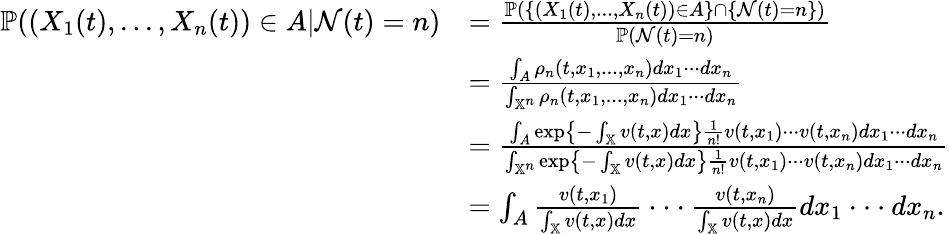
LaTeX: \begin{array}{rl}{\mathbb{P}((X_{1}(t),...,X_{n}(t))\in A|\mathcal{N}(t)=n)}&{=\frac{\mathbb{P}(\{ (X_{1}(t),...,X_{n}(t))\in A\} \cap\{ \mathcal{N}(t)=n\} )}{\mathbb{P}(\mathcal{N}(t)=n)}}\\ &{=\frac{\int_{A}\rho_{n}(t,x_{1},...,x_{n})dx_{1}\cdot\cdot\cdot dx_{n}}{\int_{\mathbb{X}^{n}}\rho_{n}(t,x_{1},...,x_{n})dx_{1}\cdot\cdot\cdot dx_{n}}}\\ &{=\frac{\int_{A}\exp\left\{ -\int_{\mathbb{X}}v(t,x)dx\right\} \frac{1}{n!}v(t,x_{1})\cdot\cdot\cdot v(t,x_{n})dx_{1}\cdot\cdot\cdot dx_{n}}{\int_{\mathbb{X}^{n}}\exp\left\{ -\int_{\mathbb{X}}v(t,x)dx\right\} \frac{1}{n!}v(t,x_{1})\cdot\cdot\cdot v(t,x_{n})dx_{1}\cdot\cdot\cdot dx_{n}}}\\ &{=\int_{A}\frac{v(t,x_{1})}{\int_{\mathbb{X}}v(t,x)dx}\cdot\cdot\cdot\frac{v(t,x_{n})}{\int_{\mathbb{X}}v(t,x)dx}dx_{1}\cdot\cdot\cdot dx_{n}.}\end{array}